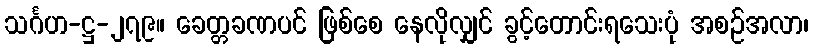
သင်္ဂဟ-ဋ္ဌ-၂၇၉။ ခေတ္တခဏပင် ဖြစ်စေ နေလိုလျှင် ခွင့်တောင်းရသေးပုံ အစဉ်အလာ၊